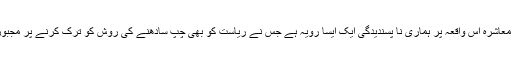
بطور معاشرہ اس واقعہ پر ہماری نا پسندیدگی ایک ایسا رویہ ہے جس نے ریاست کو بھی چپ سادھنے کی روش کو ترک کرنے پر مجبور کیا ۔